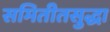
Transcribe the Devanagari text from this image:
समितीतसुद्धा